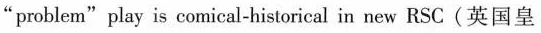
"problem"play is comical-historical in new RSC(英国皇